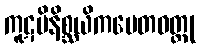
ကူဋပိနိစ္ဆယိကပေတဝတ္ထု